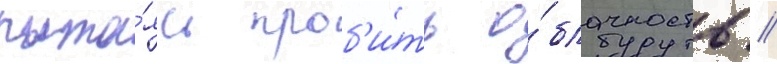
пыта́ясь проб'и́ть о́блачность //